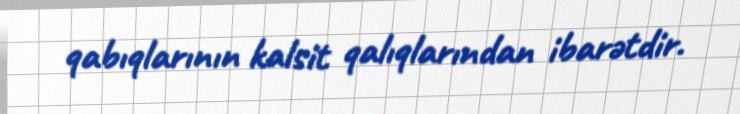
qabıqlarının kalsit qalıqlarından ibarətdir.